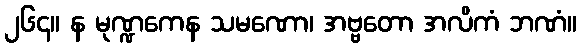
၂၆၄။ န မုဏ္ဍကေန သမဏော၊ အဗ္ဗတော အလိကံ ဘဏံ။